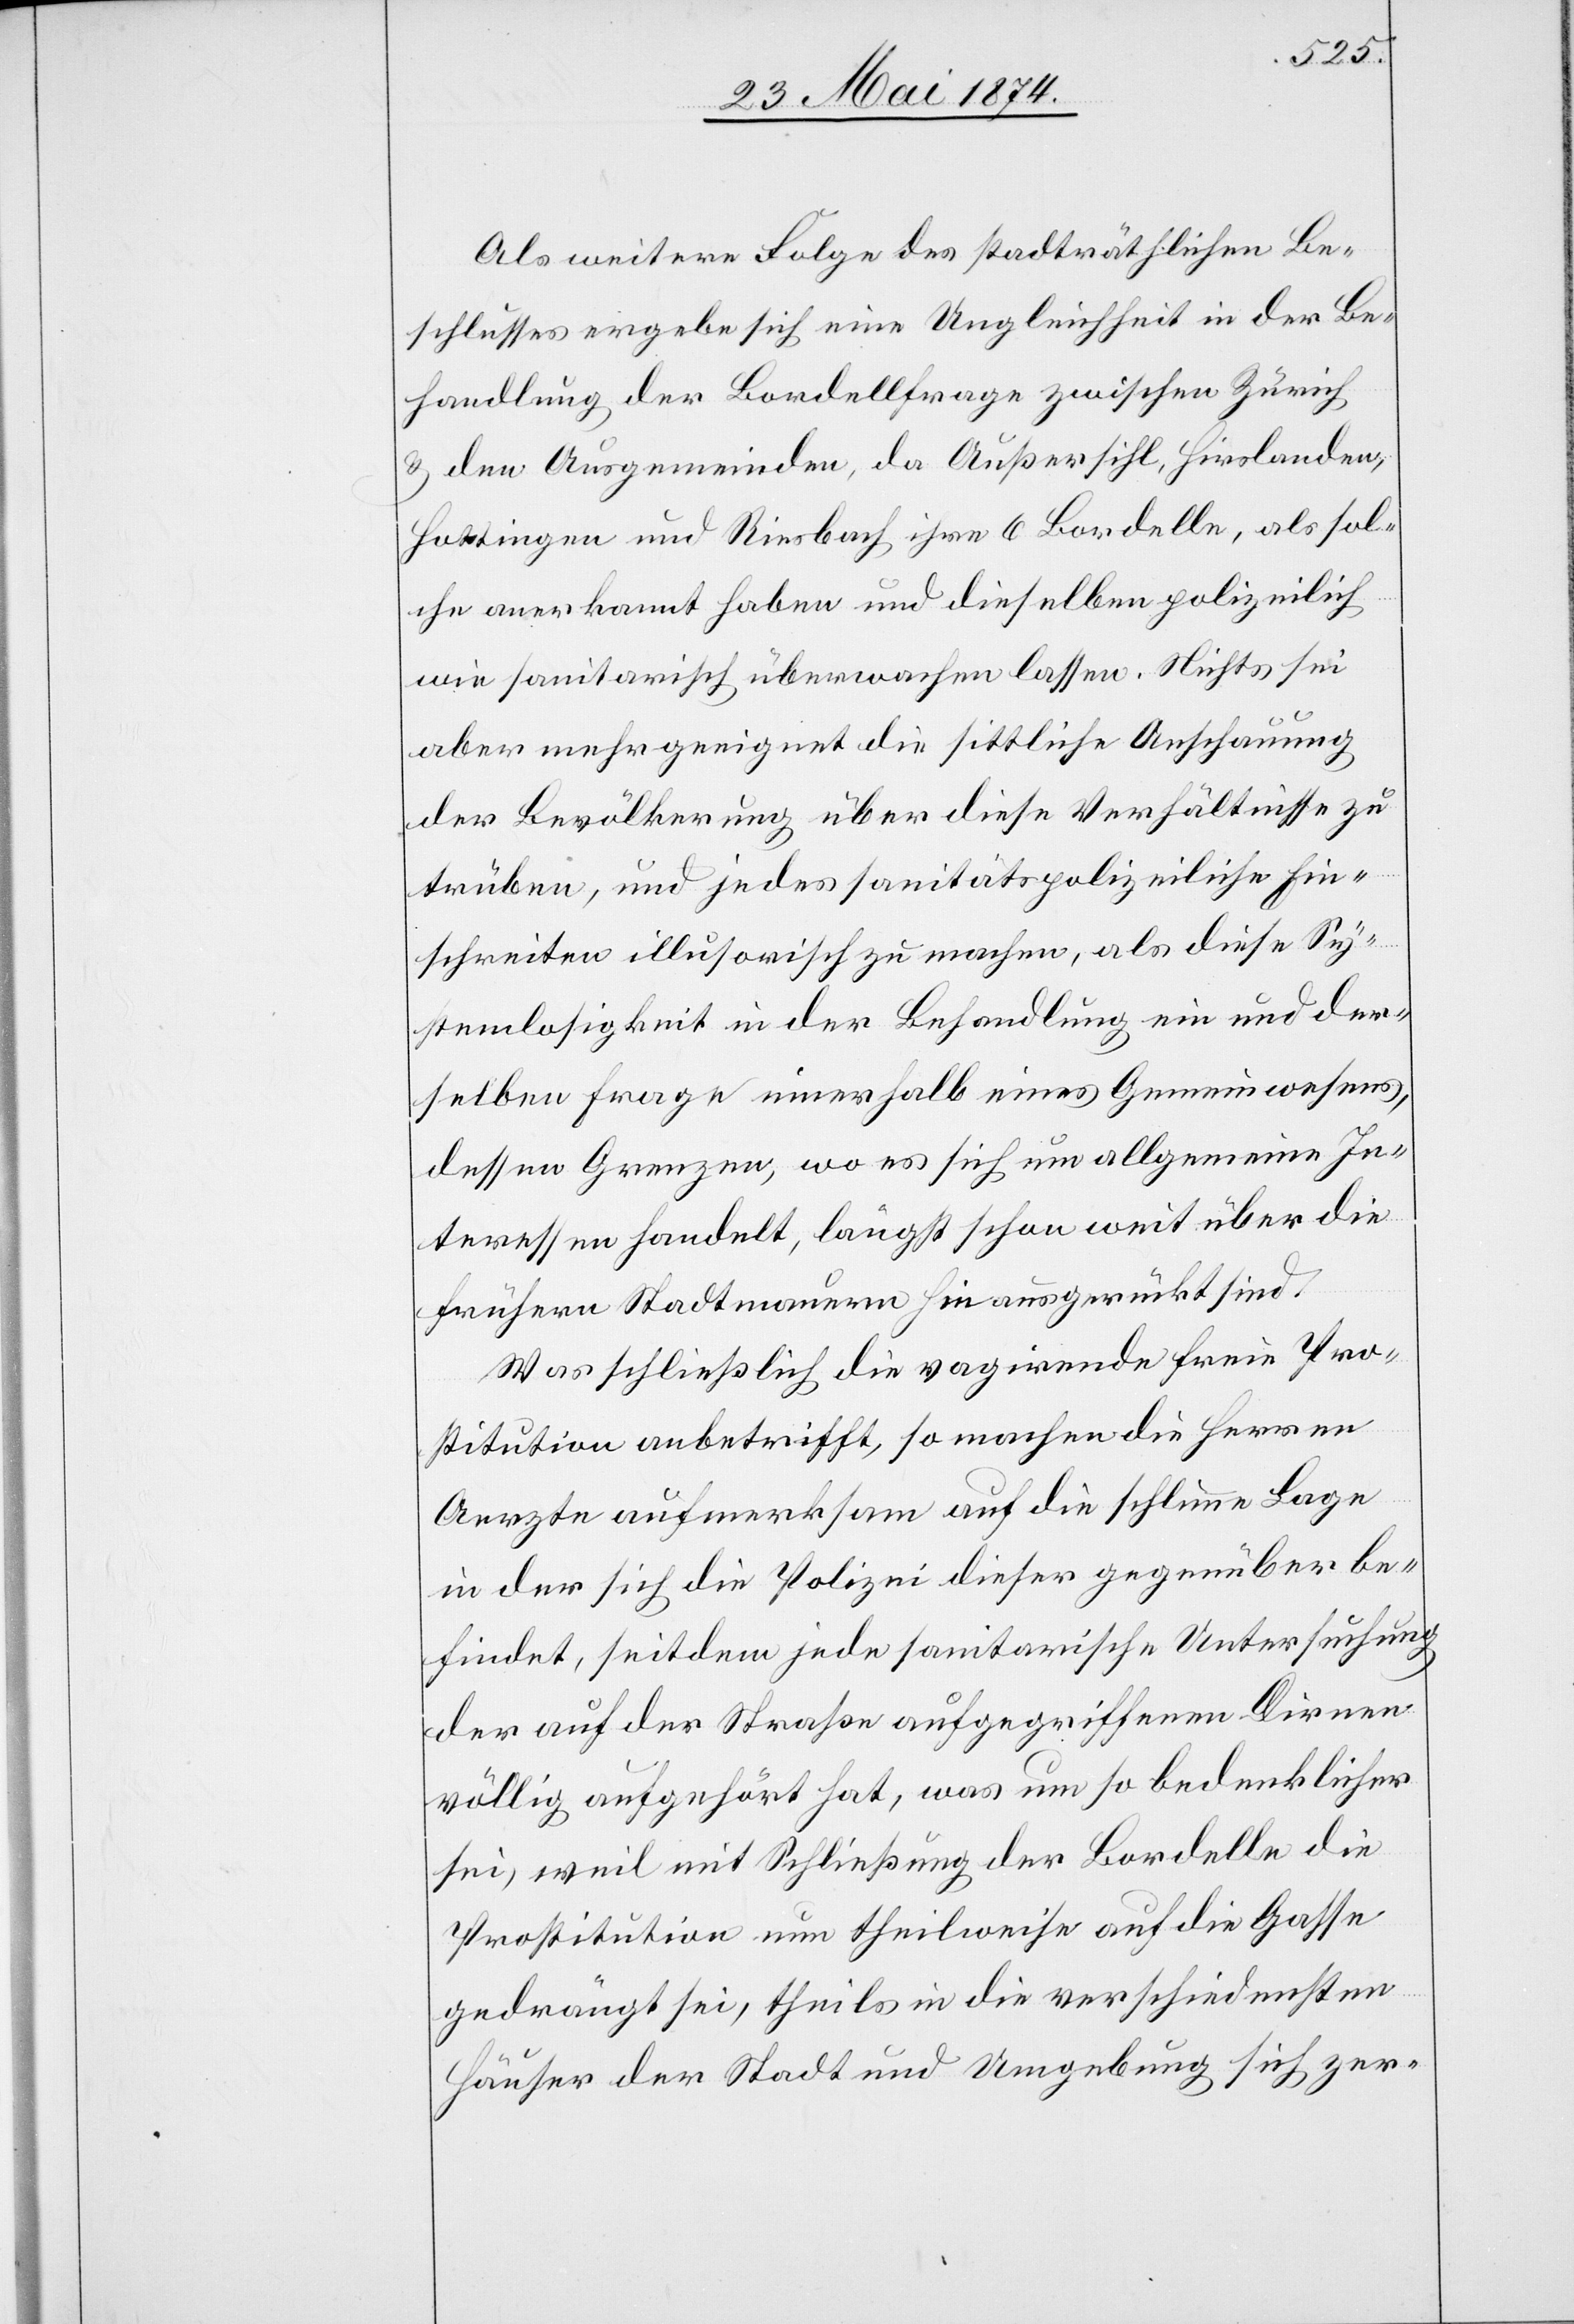
Als weitere Folge des stadträthlichen Be¬
schlusses ergebe sich eine Ungleichheit in der Be¬
handlung der Bordellfrage zwischen Zürich
u. den Ausgemeinden, da Außersihl, Hirslanden,
Hottingen und Riesbach ihre 6 Bordelle, als sol¬
che anerkannt haben und dieselben polizeilich
wie sanitarisch überwachen lassen. Nichts sei
aber mehr geeignet die sittliche Anschauung
der Bevölkerung über diese Verhältnisse zu
trüben, und jedes sanitätspolizeiliche Ein¬
schreiten illusorisch zu machen, als diese Sy¬
stemlosigkeit in der Behandlung ein und der¬
selben Frage innerhalb eines Gemeinwesens,
dessen Grenzen, wo es sich um allgemeine In¬
teressen handelt, längst schon weit über die
frühere Stadtmauern hinausgerükt sind.
Was schließlich die vagirende freie Pro¬
stitution anbetrifft, so machen die Herren
Aerzte aufmerksam auf die schlimme Lage
in der sich die Polizei dieser gegenüber be¬
findet, seitdem jede sanitarische Untersuchung
der auf der Straße aufgegriffenen Dirnen
völlig aufgehört hat, was um so bedenklicher
sei, weil mit Schließung der Bordelle die
Prostitution nun theilweise auf die Gasse
gedrängt sei, theils in die verschiedensten
Häuser der Stadt und Umgebung sich zer-